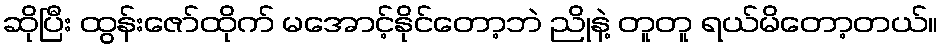
ဆိုပြီး ထွန်းဇော်ထိုက် မအောင့်နိုင်တော့ဘဲ ညိုနဲ့ တူတူ ရယ်မိတော့တယ်။